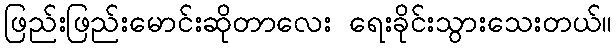
ဖြည်းဖြည်းမောင်းဆိုတာလေး ရေးခိုင်းသွားသေးတယ်။